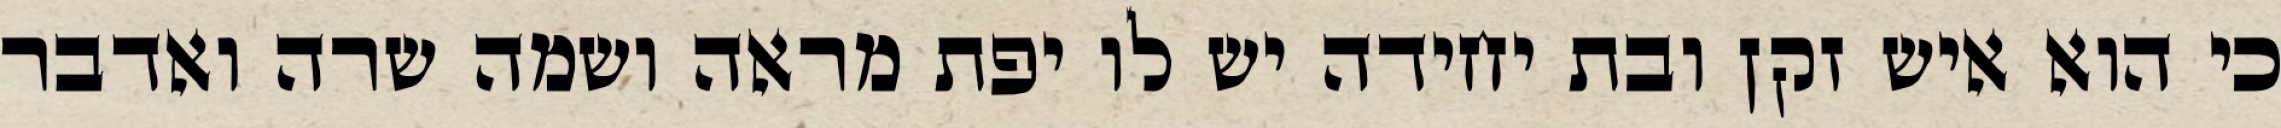
כי הוא איש זקן ובת יחידה יש לו יפת מראה ושמה שרה ואדבר